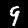
Digit: 9